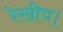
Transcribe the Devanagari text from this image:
रेखीय।